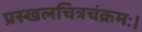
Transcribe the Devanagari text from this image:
प्रस्खलचित्रचंक्रमः।